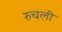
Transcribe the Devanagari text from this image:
रुचली